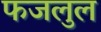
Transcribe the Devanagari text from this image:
फजलुल